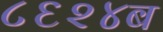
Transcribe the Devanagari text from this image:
८६२४ब